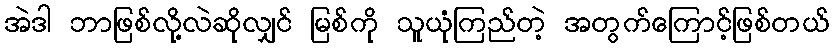
အဲဒါ ဘာဖြစ်လို့လဲဆိုလျှင် မြစ်ကို သူယုံကြည်တဲ့ အတွက်ကြောင့်ဖြစ်တယ်